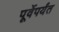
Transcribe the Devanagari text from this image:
पूर्वेपर्यंत